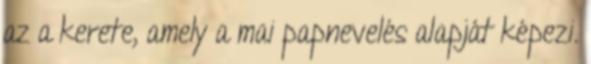
az a kerete, amely a mai papnevelés alapját képezi.